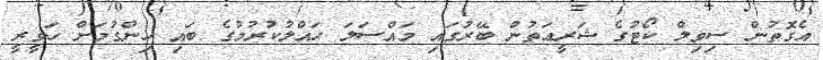
އެގޮތުން ސިވިލް ކޯޓުގެ ޝަރީޢަތުން ބޭރުގައި މައްސަލަ ޙައްލުކުރުމުގެ ބައި ހިންގުމަށް ހަވީރީ